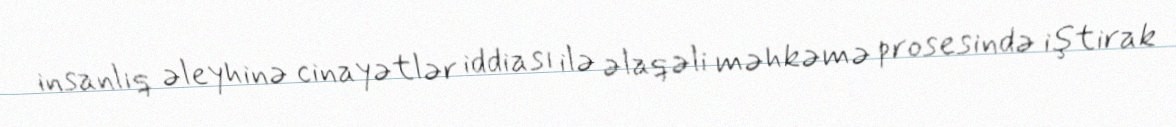
insanlıq əleyhinə cinayətlər iddiası ilə əlaqəli məhkəmə prosesində iştirak